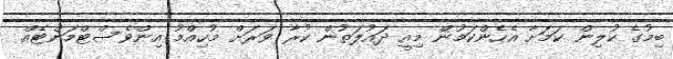
ބިމުގެ ކުލިން ކަމަށާ އެހެންކަމުން މިއީ ދައުލަތުން ކުރާ ވަރަށް މުހިއްމު އިންވެސްޓްމަންޓެއް